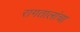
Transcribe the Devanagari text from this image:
रागतालांचा